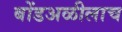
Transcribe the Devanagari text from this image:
बोंडअळीलाच